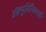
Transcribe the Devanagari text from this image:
ॲल्युमिनियमची